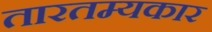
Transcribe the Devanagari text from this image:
तारतम्यकार